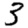
Digit: 3